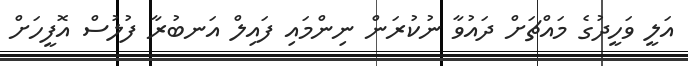
އަލީ ވަހީދުގެ މައްޗަށް ދައުވާ ނުކުރަން ނިންމައި ފައިލް އަނބުރާ ފުލުސް އޮފީހަށް